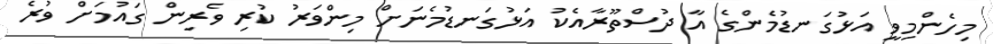
މިހެންމިވީ އަޅުގަނޑުމެންގެ އާ ދުސްތޫރާއެކު އަޅުގަނޑުމެނަށް މިންވަރު ކުރި ވެރިން ގައުމަށް ވުރެ